Mental hospitals Bombay report 1929-33 - 1929-1933
Year: 1929
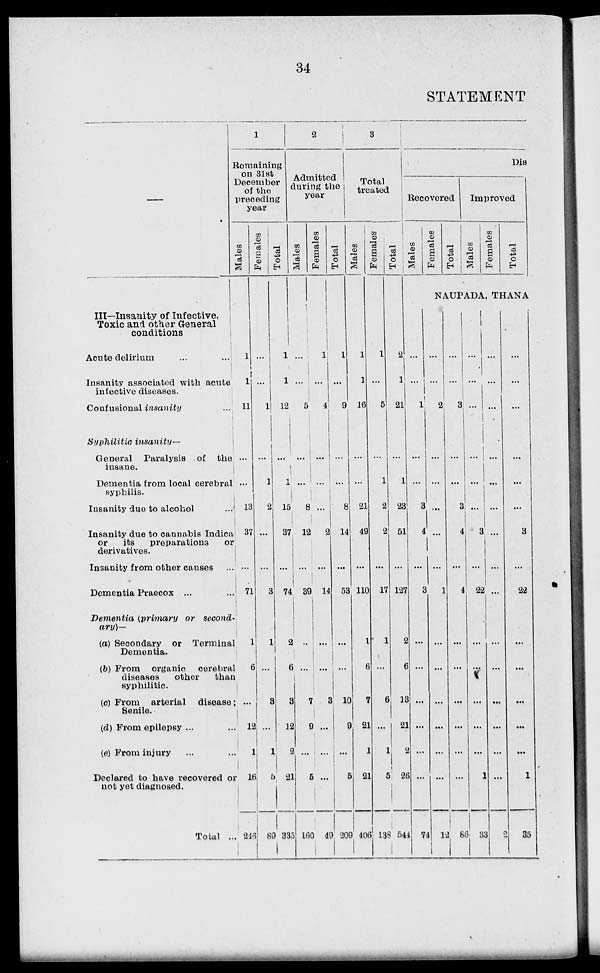
34
STATEMENT
—
III—Insanity of Infective,
Toxic and other General
conditions
Acute delirium
...
...
Insanity associated with acute
infective diseases.
Confusional insanity ...
Syphilitic insanity—
General Paralysis of the
insane.
Dementia from local cerebral
syphilis.
Insanity due to alcohol
...
Insanity due to cannabis Indica
or
its preparations
or
derivatives.
Insanity from other causes ...
Dementia Praecox ... ...
Dementia (primary or second-
ary)—
(a) Secondary or Terminal
Dementia.
(b) From organic cerebral
diseases
other
than
syphilitic.
(c) From arterial disease;
Senile.
(d) From epilepsy ... ...
(e) From injury ... ...
Declared to have recovered or
not yet diagnosed.
Total ...
1
Remaining
on 31st
December
of the
preceding
year
Males
1
1
11
...
...
13
37
...
71
1
6
...
12
1
16
246
Females
...
...
1
...
1
2
...
...
3
1
...
3
...
1
5
89
Total
1
1
12
...
1
15
37
...
74
2
6
3
12
2
21
335
2
Admitted
during the
year
Males
...
...
5
...
...
8
12
...
39
...
...
7
9
...
5
160
Females
1
...
4
...
...
...
2
...
14
...
...
3
...
...
...
49
Total
1
...
9
...
...
8
14
...
53
...
...
10
9
...
5
209
3
Total
treated
Males
1
1
16
...
...
21
49
...
110
1
6
7
21
1
21
406
Females
1
...
5
...
1
2
2
...
17
1
...
6
...
1
5
138
Total
2
1
21
...
1
23
51
...
127
2
6
13
21
2
26
544
Dis
Recovered
Males
Females
Total
Improved
Males
Females
Total
NAUPADA, THANA
...
...
1
...
...
3
4
...
3
...
...
...
...
...
...
74
...
...
2
...
...
...
...
...
1
...
...
...
...
...
...
12
...
...
3
...
...
3
4
...
4
...
...
...
...
...
...
86
...
...
...
...
1
...
3
...
22
...
...
...
...
...
1
33
...
...
...
...
...
...
...
...
...
...
...
...
...
...
...
2
...
...
...
...
...
...
3
...
22
...
...
...
...
...
1
35